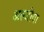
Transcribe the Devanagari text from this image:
अल्जीया